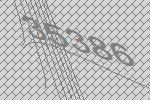
35386